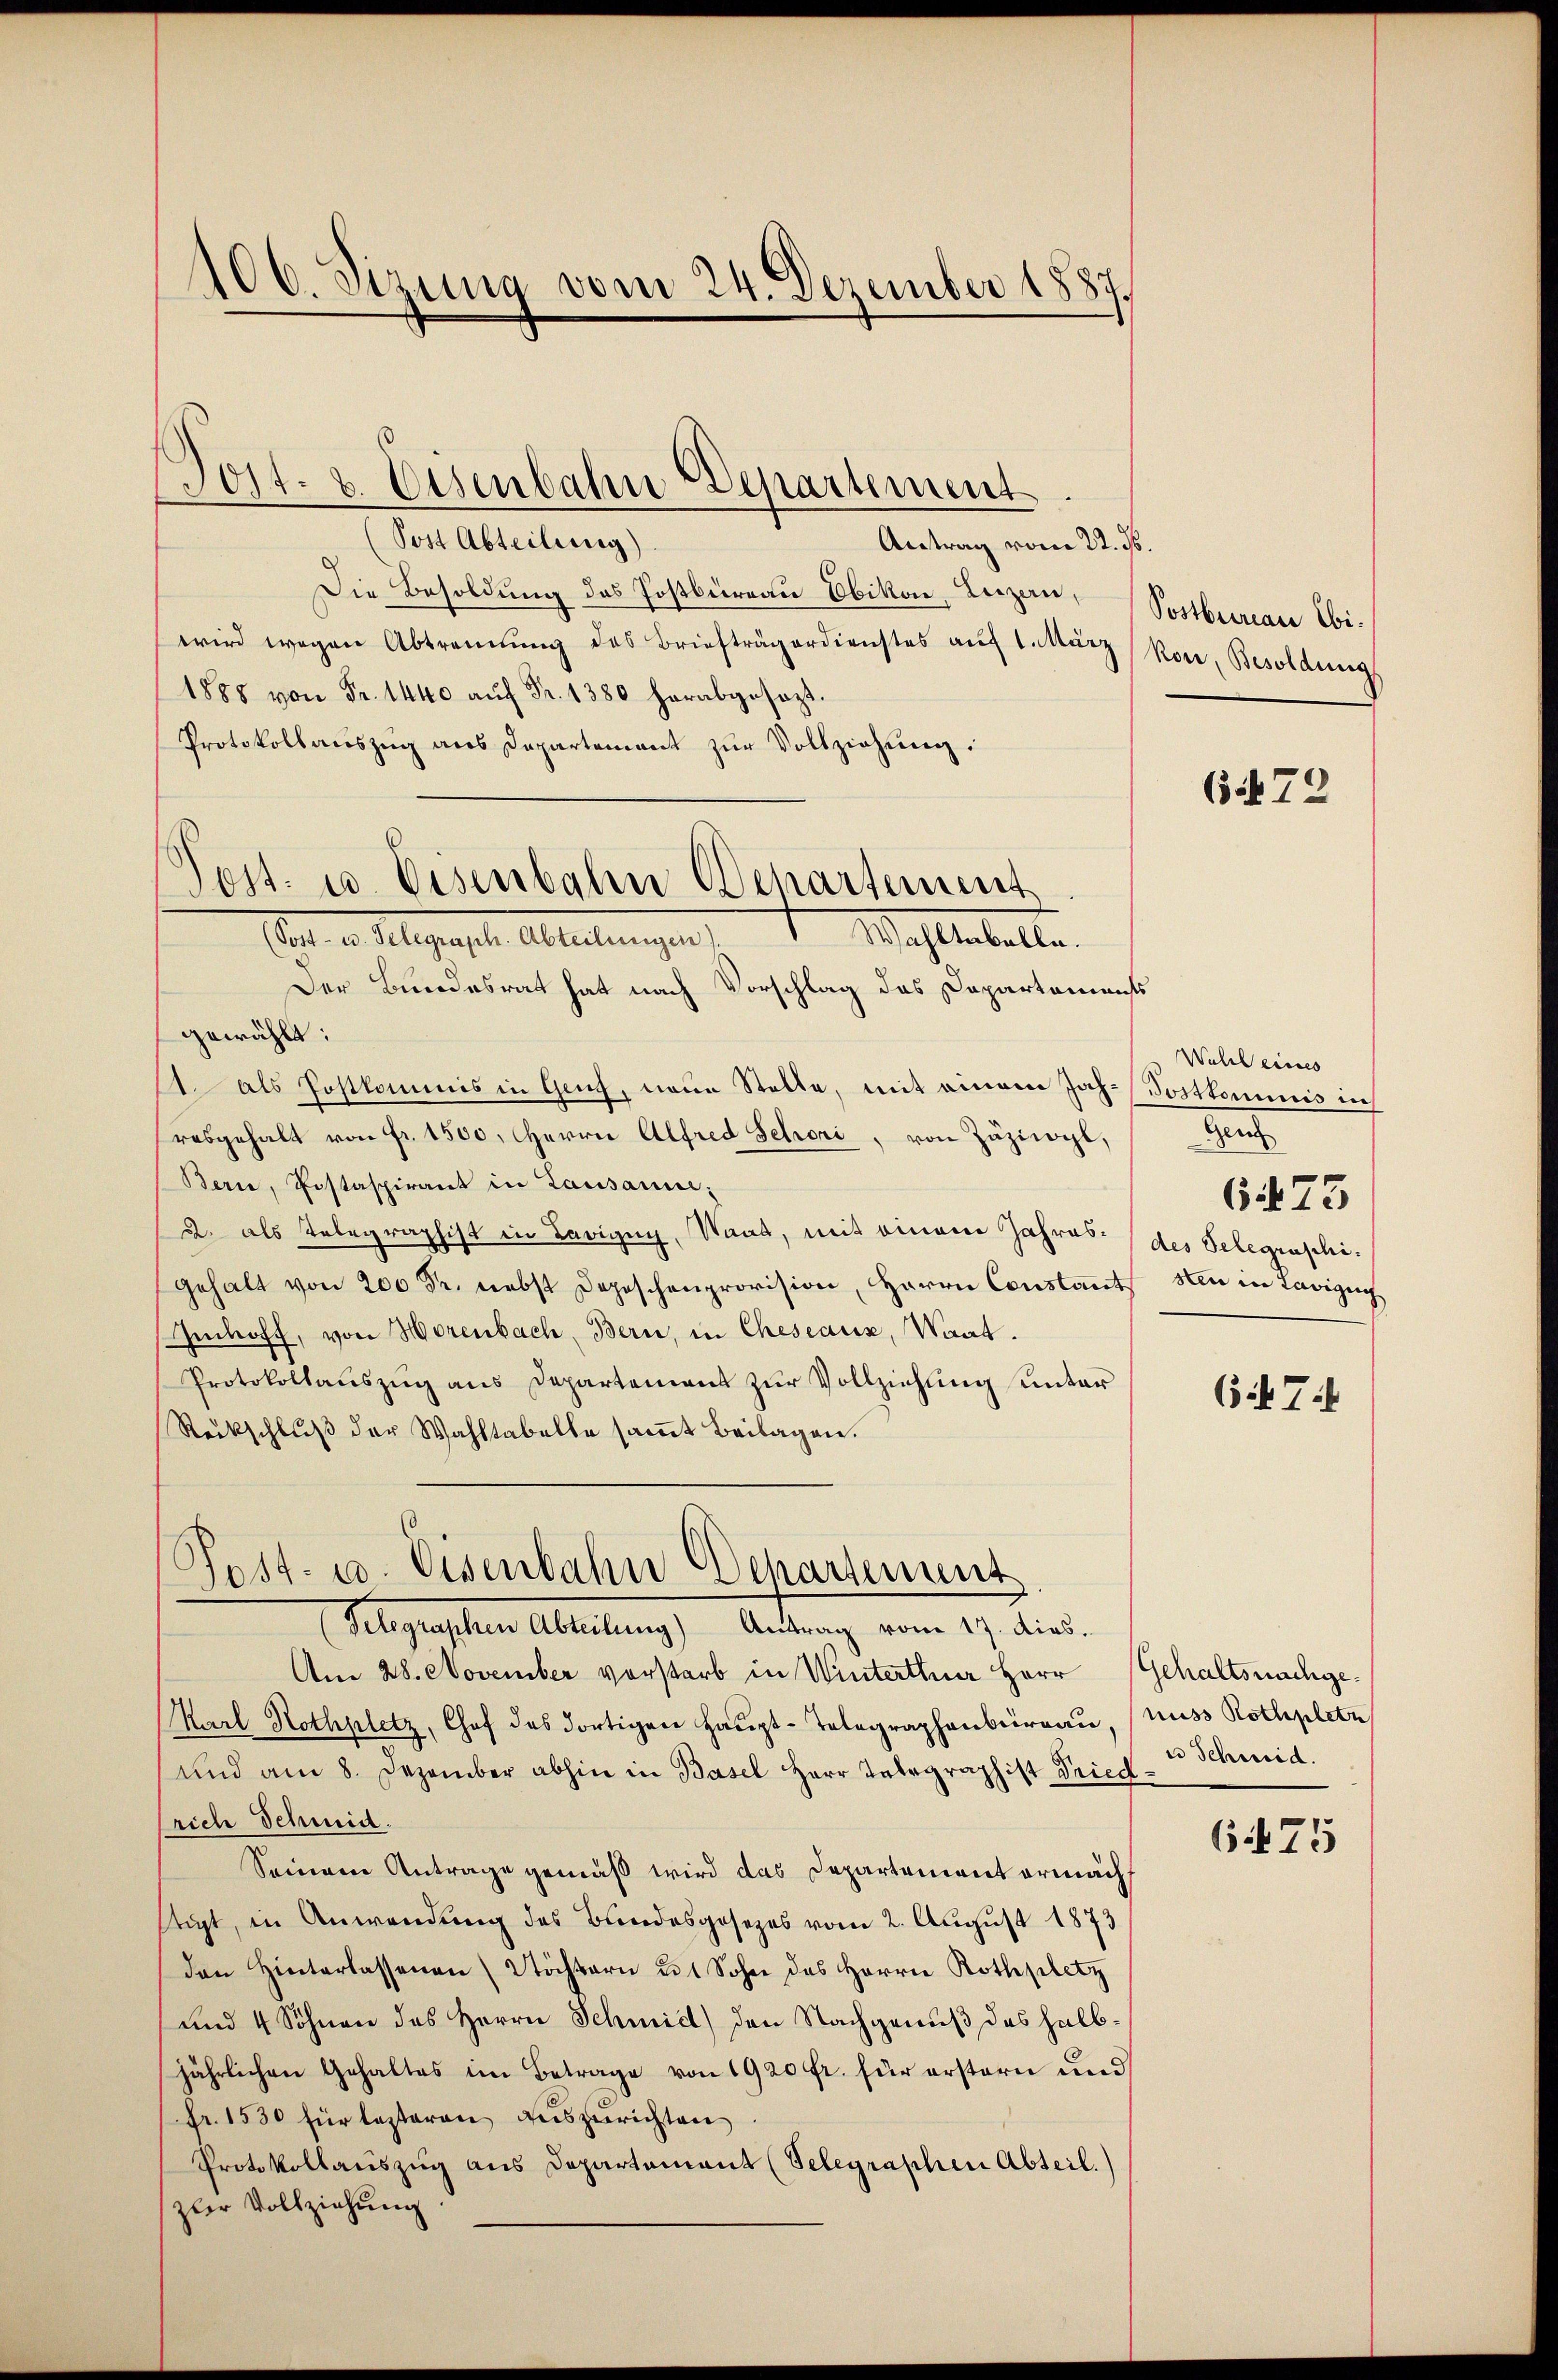
406. Sizung vom 24. Dezember 1887.

Jost- & Eisenbahn Departement

(Post Abteilung).
Antrag vom 22. ds.
Die Besoldung des Postbüreau Obikon, Leizen,
wird wegen Abtrennung des Briefträgerdienstes auf 1. März
1888 von Fr. 1440 aŭf Fr. 1380 herabgesezt.
Protokollauszug aus Departement zur Vollziehung.
Post- u. Eisenbalen Departement

Wahlenballe.
Den 2. August. Abteilungen,

Der Bundesrat hat nach Vorschlag das Dapartaments
gewählt:
1. als Postkommis in Genf, neue Stelle, mit einem Jah-Postkommnis in
rabgehalt von Fr. 1500. Herrn Alfred Schori, von Züziwyl,
Bern, Postaspirant in Lausanne:
d. als Telegraphist in Lavigny, Staat, mit einem Jahres (des Gelegenschägehalt von 200 Fr. nebst Depeschenprovision, Herrn Constant
Ientoff, von Horenbach, Bern, in Cheseaux, Waat.
Protokollauszug aus Departement zur Vollziehung unter
Rückschluß der Wahltabelle samt Beilagen.

Post- u. Eisenbahn-Departement
Telegraphen Abteilung) Antrag vom 17. dies

Postbrarian Ebikon, Besoldung

Am 28. November vorstarb in Winterthur Herr Gehaltsnachge¬
Karl Rothplatz, Chef des dortigen Haŭpt-Telegraphenbüraŭ, (nuss Rothpletn
und am 8. Dezember abhin in Basel Herr Telegraphist Friedrich Schmid.
Seiner Antrage gemäß wird das Departement ermächt
stigt, in Anwendung des Bundesgesezes vom 2. August 1873
den Hinterlassenen Stöchtern u. Sohne des Herrn Rothpletz
und 4 Söhnen des Herrn Schmidt) den Nachgenuß des halbjährlichen Gehaltes im Betrage von 1920 fr. für erstern und
fr. 1530 für lezteren auszurichten
Protokollauszug aus Departement (Selegraphen Abteil.)
zler Vollziehung

(72

Wahl eines
e
675
sten in Lavizeig

647

u Schweid.

6475